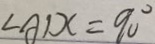
\angle A D C = 9 0 ^ { \circ }